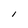
Character: I